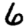
Digit: 6